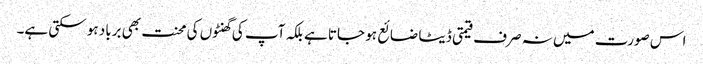
اس صورت میں نہ صرف قیمتی ڈیٹا ضائع ہو جاتا ہے بلکہ آپ کی گھنٹوں کی محنت بھی برباد ہو سکتی ہے۔